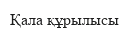
Қала құрылысы